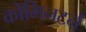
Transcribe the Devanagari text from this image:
कोमिनटर्न